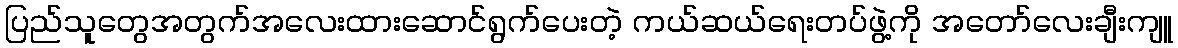
ပြည်သူတွေအတွက်အလေးထားဆောင်ရွက်ပေးတဲ့ ကယ်ဆယ်ရေးတပ်ဖွဲ့ကို အတော်လေးချီးကျူ